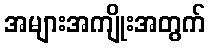
အများအကျိုးအတွက်